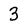
Character: 3